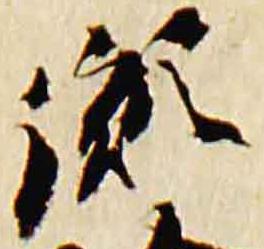
胤